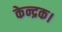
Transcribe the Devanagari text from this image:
केन्द्रक।